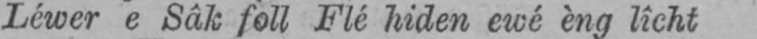
Léwer e Sâk foll Flé hiden ewé èng lîcht